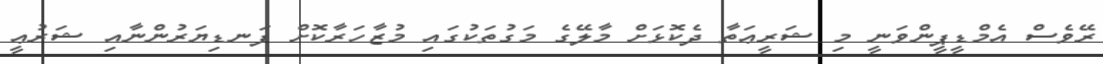
ރޭވެސް އެމްޑީޕީންވަނީ މި ޝަރީޢަތާ ދެކޮޅަށް މާލޭގެ މަގުތަކުގައި މުޒާހަރާކޮށް ފަނޑިޔަރުންނާއި ޝަރުޢީ